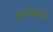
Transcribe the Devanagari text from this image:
बसवेश्वरांनी